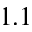
1 . 1